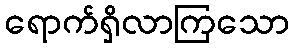
ရောက်ရှိလာကြသော